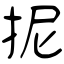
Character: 抳